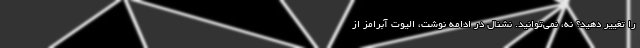
را تغییر دهید؟ نه، نمی‌توانید. نشنال در ادامه نوشت، الیوت آبرامز از